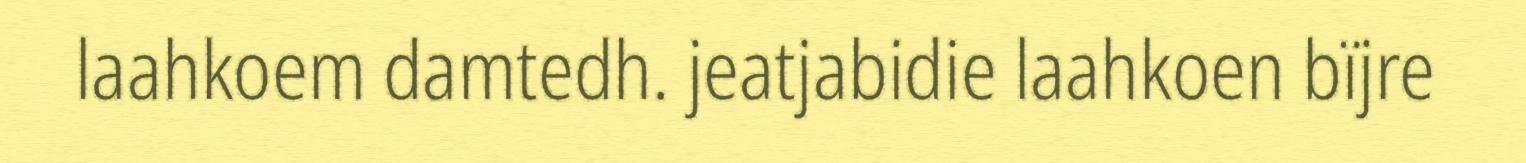
laahkoem damtedh. jeatjabidie laahkoen bïjre